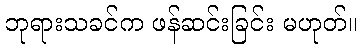
ဘုရားသခင်က ဖန်ဆင်းခြင်း မဟုတ်။